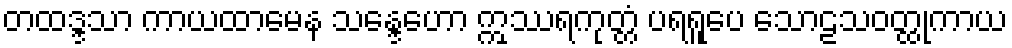
တထဒ္ဒသာ ကာယထာမေန သန္ဒေဟော ဣဿရကုတ္တံ ပရရူပေ သောဠသဝတ္ထုကာယ